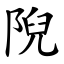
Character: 𨺙